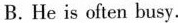
B. He is often busy.